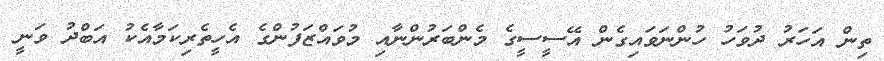
ތިން އަހަރު ދުވަހު ހުންނަވައިގެން އޭސީސީގެ މެންބަރުންނާއި މުވައްޒަފުންގެ އެހީތެރިކަމާއެކު އަބްދު ވަނީ